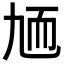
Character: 𦓏